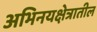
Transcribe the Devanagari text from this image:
अभिनयक्षेत्रातील